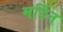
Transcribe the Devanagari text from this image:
मर्दिन